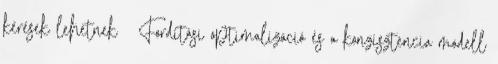
kérések lehetnek ● Fordítási optimalizáció és a konzisztencia modell